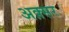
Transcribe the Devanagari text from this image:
अक़्सर